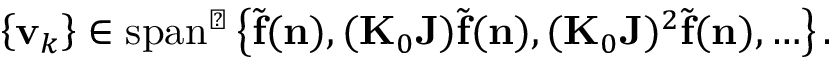
\begin{array} { r } { \left\{ { \bf v } _ { k } \right\} \in \mathrm { s p a n } ^ { \perp } \left\{ { \widetilde { \bf f } } ( { \bf n } ) , ( { \bf K } _ { 0 } { \bf J } ) { \widetilde { \bf f } } ( { \bf n } ) , ( { \bf K } _ { 0 } { \bf J } ) ^ { 2 } { \widetilde { \bf f } } ( { \bf n } ) , \ldots \right\} . } \end{array}